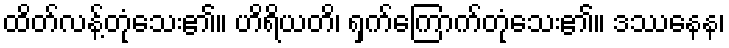
ထိတ်လန့်တုံသေး၏။ ဟိရိယတိ၊ ရှက်ကြောက်တုံသေး၏။ ဒဿနေန၊